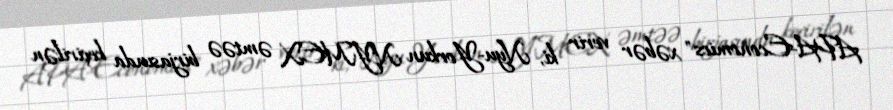
APA-Economics" xəbər verir ki, Nyu-Yorkun NYMEX əmtəə birjasında keçirilən